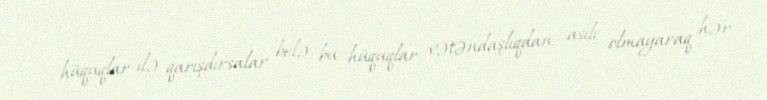
hüquqlar ilə qarışdırsalar belə, bu hüquqlar vətəndaşlıqdan asılı olmayaraq hər